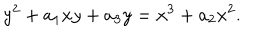
y ^ { 2 } + a _ { 1 } x y + a _ { 3 } y = x ^ { 3 } + a _ { 2 } x ^ { 2 } .